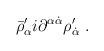
LaTeX: \begin{align*}\bar \rho'_\alpha i\partial^{\alpha\dot \alpha}\rho'_{\dot \alpha}\ .\end{align*}